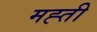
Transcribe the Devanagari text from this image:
मह्ती